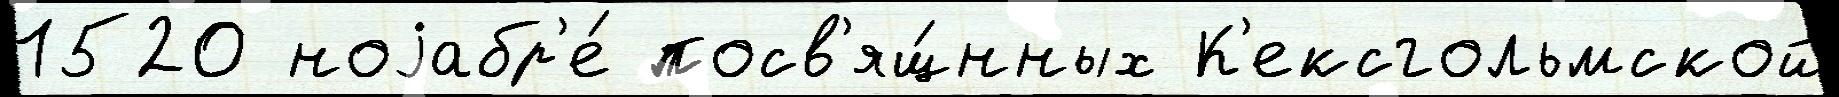
1520 ноjабр'е́ посв'ящ́нных К'ексгольмской